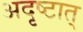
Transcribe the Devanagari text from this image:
अदृष्टात्